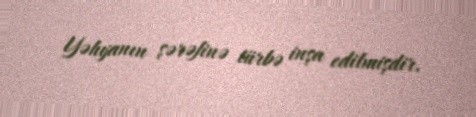
Yəhyanın şərəfinə türbə inşa edilmişdir.